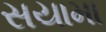
સયામા